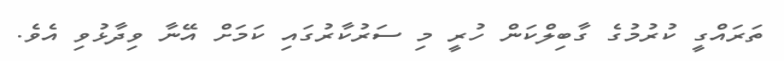
ތަރައްގީ ކުރުމުގެ ގާބިލްކަން ހުރީ މި ސަރުކާރުގައި ކަމަށް އޭނާ ވިދާޅުވި އެވެ.